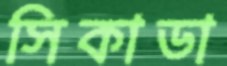
সিকাডা